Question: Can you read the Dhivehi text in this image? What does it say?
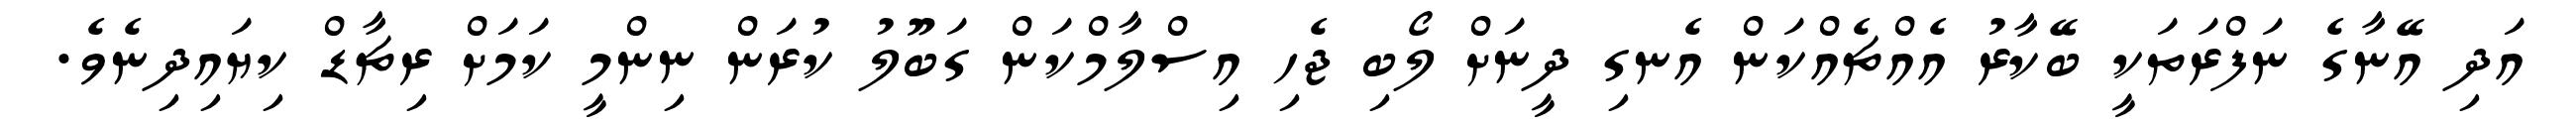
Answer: އަދި އޭނާގެ ނަފްރަތަކީ ބޭކާރު އެއްޗެއްކަން އެނގި ދީނަށް ލޯބި ޖެހި އިސްލާމްކަން ގަބޫލު ކުރަން ނިންމީ ކަމަށް ރިޗާޑް ކިޔައިދިނެވެ.